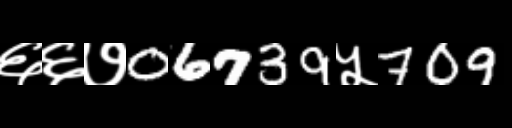
Text: ६६७06739५709